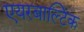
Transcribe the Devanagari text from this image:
एयरबाल्टिक